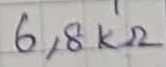
Text: 6,8KΩ